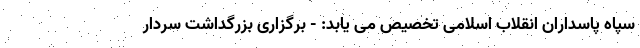
سپاه پاسداران انقلاب اسلامی تخصیص می یابد: - برگزاری بزرگداشت سردار